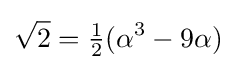
{\sqrt {2}}={\tfrac {1}{2}}(\alpha ^{3}-9\alpha )